Annual report of the Punjab Veterinary College and of the Civil Veterinary Department, Punjab - 1909-1919
Year: 1909
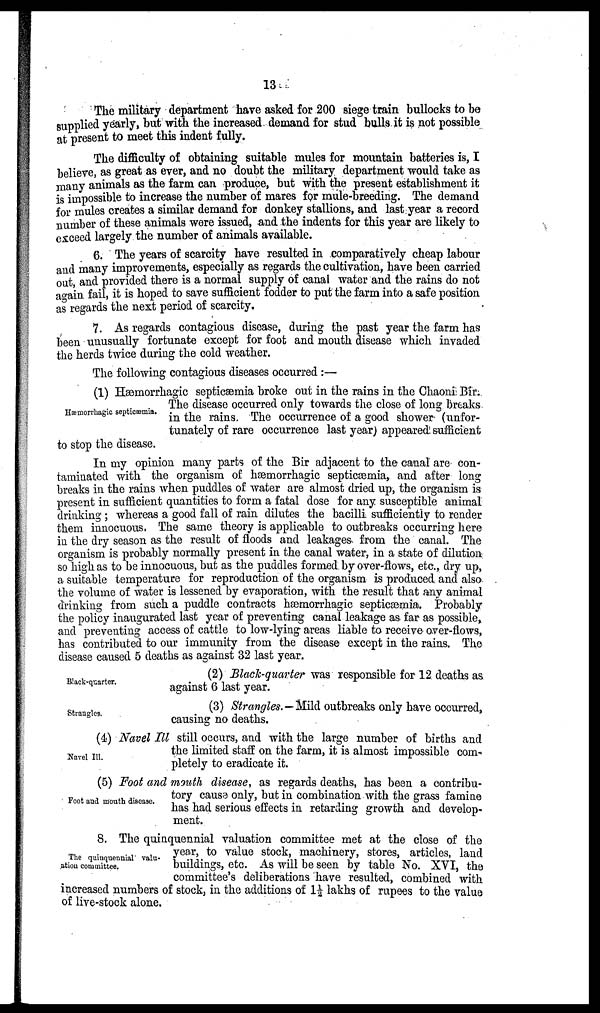
13
The military department have asked for 200 siege train bullocks to be
supplied yearly, but with the increased demand for stud bulls it is not possible
at present to meet this indent fully.
The difficulty of obtaining suitable mules for mountain batteries is, I
believe, as great as ever, and no doubt the military department would take as
many animals as the farm can produce, but with the present establishment it
is impossible to increase the number of mares for mule-breeding. The demand
for mules creates a similar demand for donkey stallions, and last year a record
number of these animals were issued, and the indents for this year are likely to
exceed largely the number of animals available.
6. The years of scarcity have resulted in comparatively cheap labour
and many improvements, especially as regards the cultivation, have been carried
out, and provided there is a normal supply of canal water and the rains do not
again fail, it is hoped to save sufficient fodder to put the farm into a safe position
as regards the next period of scarcity.
7. As regards contagious disease, during the past year the farm has
been unusually fortunate except for foot and mouth disease which invaded
the herds twice during the cold weather.
The following contagious diseases occurred :—
Hæmorrhagic septicæmia.
(1) Hæmorrhagic septicæmia broke out in the rains in the Chaoni Bir.
The disease occurred only towards the close of long breaks
in the rains. The occurrence of a good shower (unfor-
tunately of rare occurrence last year) appeared sufficient
to stop the disease.
In my opinion many parts of the Bir adjacent to the canal are con-
taminated with the organism of hæmorrhagic septicæmia, and after long
breaks in the rains when puddles of water are almost dried up, the organism is
present in sufficient quantities to form a fatal dose for any susceptible animal
drinking ; whereas a good fall of rain dilutes the bacilli sufficiently to render
them innocuous, The same theory is applicable to outbreaks occurring here
in the dry season as the result of floods and leakages, from the canal. The
organism is probably normally present in the canal water, in a state of dilution
so high as to be innocuous, but as the puddles formed, by over-flows, etc., dry up,
a suitable temperature for reproduction of the organism is produced and also
the volume of water is lessened by evaporation, with the result that any animal
drinking from such a puddle contracts hæmorrhagic septicæmia. Probably
the policy inaugurated last year of preventing canal leakage as far as possible,
and preventing access of cattle to low-lying areas liable to receive over-flows,
has contributed to our immunity from the disease except in the rains. The
disease caused 5 deaths as against 32 last year.
Black-quarter.
(2) Black-quarter was responsible for 12 deaths as
against 6 last year.
Strangles.
(3) Strangles. — Mild outbreaks only have occurred,
causing no deaths.
Navel III.
(4) Navel Ill still occurs, and with the large number of births and
the limited staff on the farm, it is almost impossible com-
pletely to eradicate it.
Foot aud mouth disease.
(5) Foot and mouth disease, as regards deaths, has been a contribu-
tory cause only, but in combination with the grass famine
has had serious effects in retarding growth and develop-
ment.
The quinquennial valu-
ation committee.
8. The quinquennial valuation committee met at the close of the
year, to value stock, machinery, stores, articles, land
buildings, etc. As will be seen by table No. XVI, the
committee's deliberations have resulted, combined with
increased numbers of stock, in the additions of 1½ lakhs of rupees to the value
of live-stock alone.